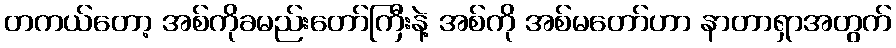
တကယ်တော့ အစ်ကိုခမည်းတော်ကြီးနဲ့ အစ်ကို အစ်မတော်ဟာ နာတာရှာအတွက်